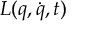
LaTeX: L ( q , { \dot { q } } , t )